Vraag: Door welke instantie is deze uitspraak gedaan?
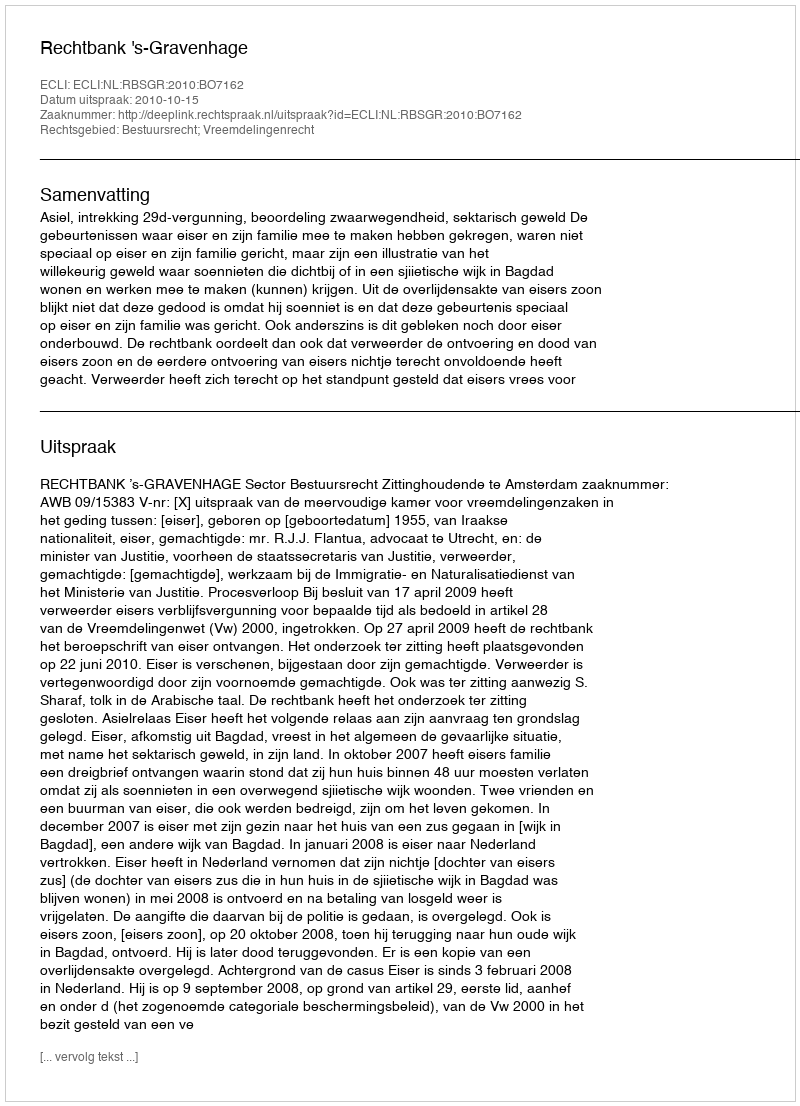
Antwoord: Rechtbank 's-Gravenhage